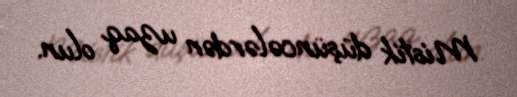
Mistik düşüncələrdən uzaq olun.